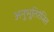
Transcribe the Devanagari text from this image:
अनुभूतिरंजित